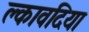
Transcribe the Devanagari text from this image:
क्लावदिया